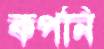
কপনি